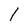
Character: 1